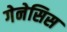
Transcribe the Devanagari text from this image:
गेनेसिस